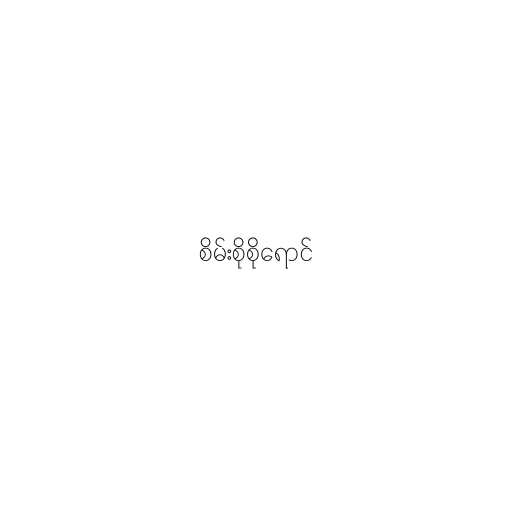
စိမ်းစိုစိုရောင်